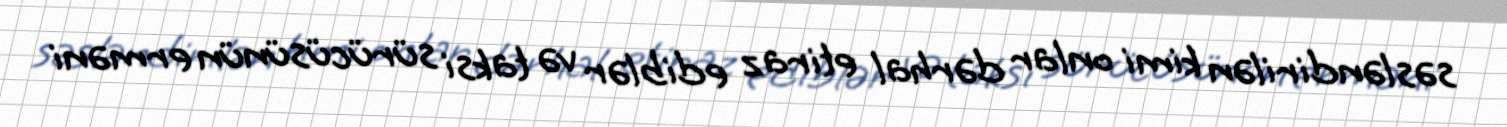
səsləndirilən kimi onlar dərhal etiraz ediblər və taksi sürücüsünün erməni